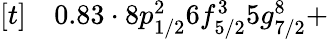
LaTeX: \begin{array}{rl}{[t]}&{{}0.83\cdot 8p_{1/2}^{2}6f_{5/2}^{3}5g_{7/2}^{8}+}\end{array}